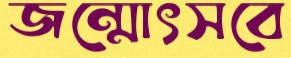
জন্মোৎসবে